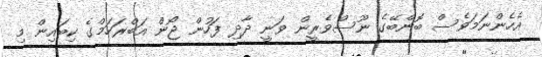
އެހެންނަމަވެސް ބޮންބޭގެ ނޫސްވެރީން ވަނީ ދާދި ފަހުން ޖޯން އަބްރަހަމްގެ ކިބައިން މި